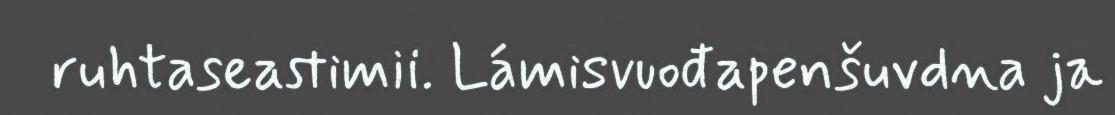
ruhtaseastimii. Lámisvuođapenšuvdna ja